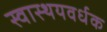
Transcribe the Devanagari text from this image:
स्वास्थयवर्धक